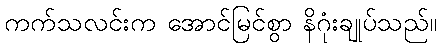
ကက်သလင်းက အောင်မြင်စွာ နိဂုံးချုပ်သည်။